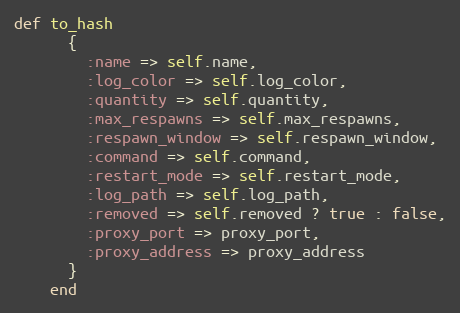
Language: Ruby
def to_hash
      {
        :name => self.name,
        :log_color => self.log_color,
        :quantity => self.quantity,
        :max_respawns => self.max_respawns,
        :respawn_window => self.respawn_window,
        :command => self.command,
        :restart_mode => self.restart_mode,
        :log_path => self.log_path,
        :removed => self.removed ? true : false,
        :proxy_port => proxy_port,
        :proxy_address => proxy_address
      }
    end